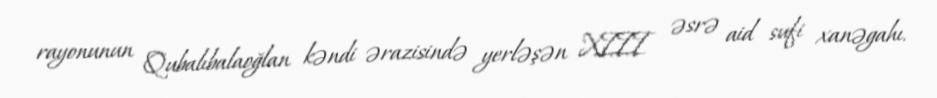
rayonunun Qubalıbalaoğlan kəndi ərazisində yerləşən XIII əsrə aid sufi xanəgahı.